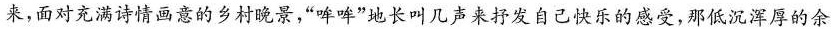
来，面对充满诗情画意的乡村晚景，”哞哞”地长叫几声来抒发自己快乐的感受，那低沉浑厚的余